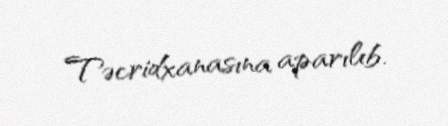
Təcridxanasına aparılıb.